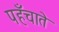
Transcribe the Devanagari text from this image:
पहँचाते